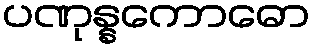
ပဏုန္နကောဓော